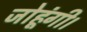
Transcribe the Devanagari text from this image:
जोहूंगी।